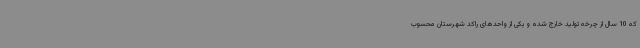
که 10 سال از چرخه تولید خارج شده و یکی از واحدهای راکد شهرستان محسوب